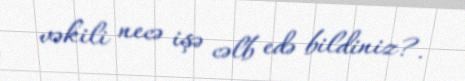
vəkili necə işə cəlb edə bildiniz?.